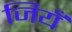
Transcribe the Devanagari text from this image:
जियँ